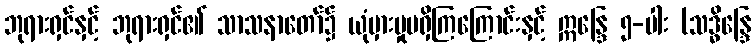
ဘုရားရှင်နှင့် ဘုရားရှင်၏ သာသနာတော်၌ ယုံမှားမှုမရှိကြကြောင်းနှင့် ဣန္ဒြေ ၅-ပါး (သဒ္ဓိန္ဒြေ